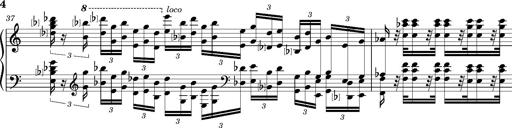
Title: Introduction des Variations sur une marche du SiÃ¨ge de Corinthe, S.421a
Composer: Franz Liszt
Key: F minor